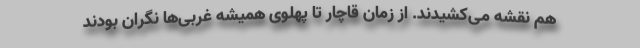
هم نقشه می‌کشیدند. از زمان قاچار تا پهلوی همیشه غربی‌ها نگران بودند